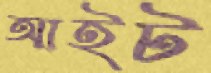
আইট